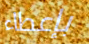
بإعطاء